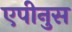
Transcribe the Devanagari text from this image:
एपीनुस